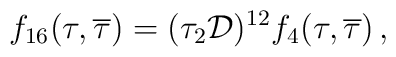
f_{16}(\tau,{\overline\tau}) = (\tau_{2} {\cal D})^{12} 	f_{4}(\tau,{\overline\tau}) \, ,